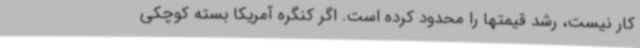
کار نیست، رشد قیمتها را محدود کرده است. اگر کنگره آمریکا بسته کوچکی